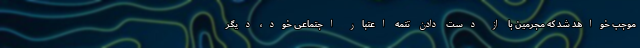
موجب خواهد شد که مجرمین با از دست دادن تتمه‌ اعتبار اجتماعی خود، دیگر